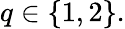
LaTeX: q\in\{ 1,2\} .